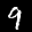
Label: 9